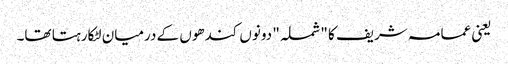
یعنی عمامہ شریف کا "شملہ" دونوں کندھوں کے درمیان لٹکارہتا تھا۔